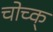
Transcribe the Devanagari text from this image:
चोच्क्